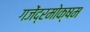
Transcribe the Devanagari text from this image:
गजेंद्रमोक्षम